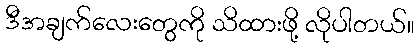
ဒီအချက်လေးတွေကို သိထားဖို့ လိုပါတယ်။